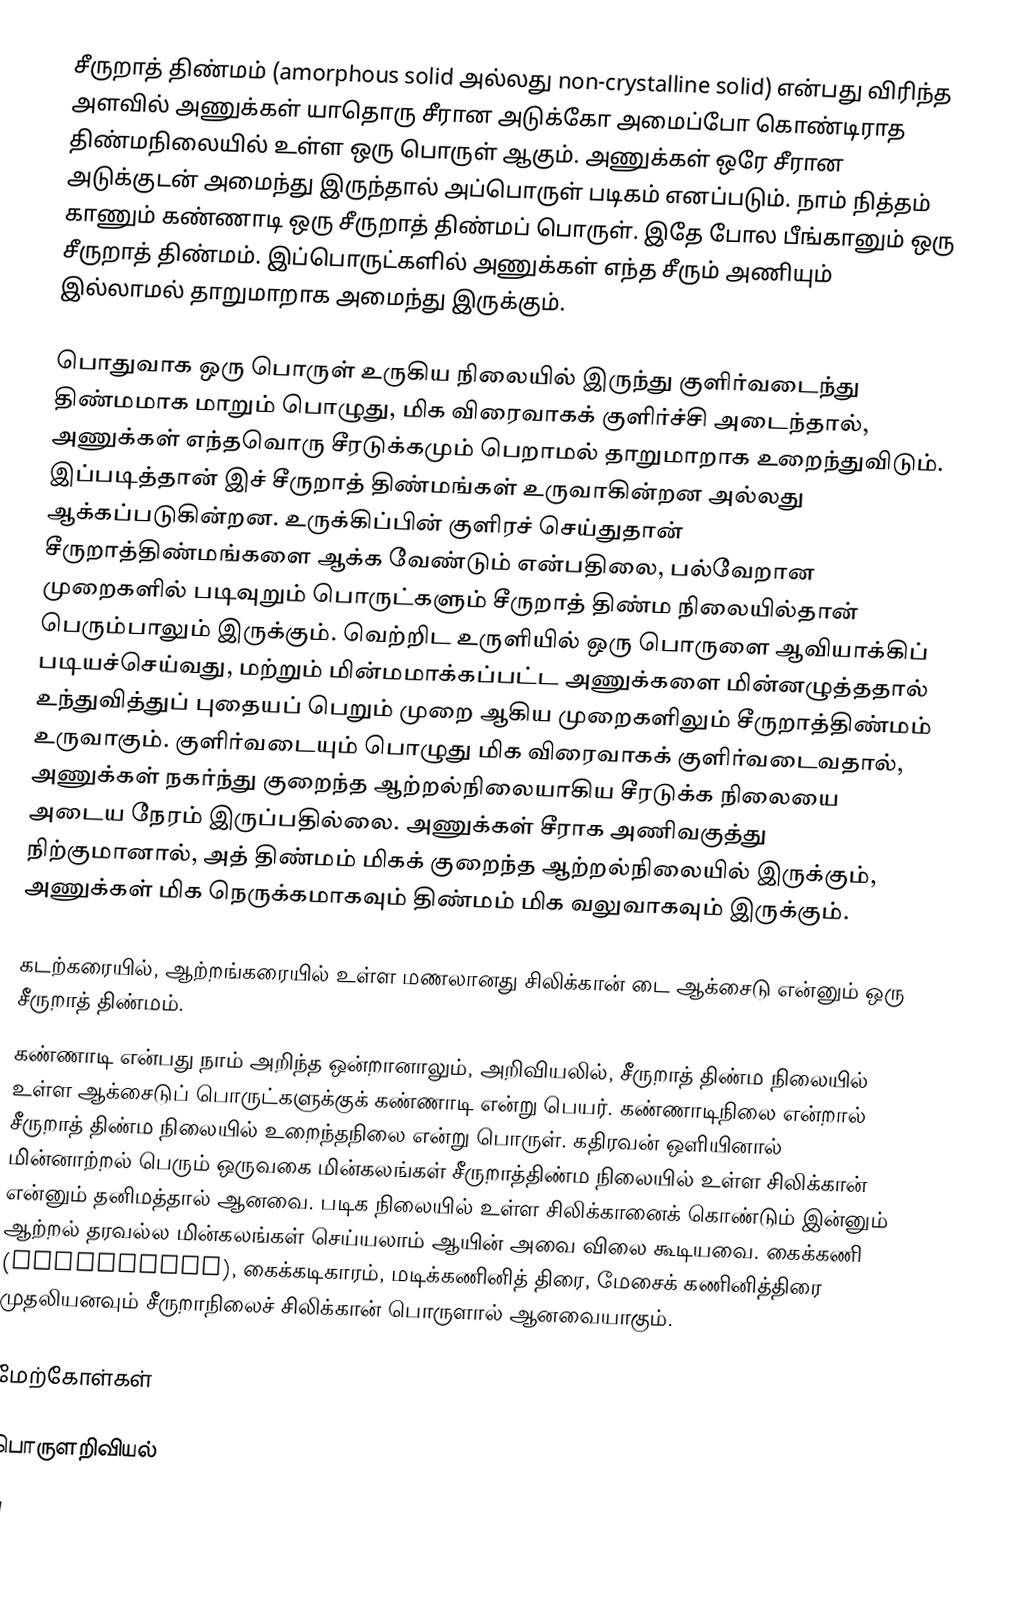
சீருறாத் திண்மம் (amorphous solid அல்லது non-crystalline solid) என்பது விரிந்த அளவில் அணுக்கள் யாதொரு சீரான அடுக்கோ அமைப்போ கொண்டிராத திண்மநிலையில் உள்ள ஒரு பொருள் ஆகும். அணுக்கள் ஒரே சீரான அடுக்குடன் அமைந்து இருந்தால் அப்பொருள் படிகம் எனப்படும். நாம் நித்தம் காணும் கண்ணாடி ஒரு சீருறாத் திண்மப் பொருள். இதே போல பீங்கானும் ஒரு சீருறாத் திண்மம். இப்பொருட்களில் அணுக்கள் எந்த சீரும் அணியும் இல்லாமல் தாறுமாறாக அமைந்து இருக்கும்.

பொதுவாக ஒரு பொருள் உருகிய நிலையில் இருந்து குளிர்வடைந்து திண்மமாக மாறும் பொழுது, மிக விரைவாகக் குளிர்ச்சி அடைந்தால், அணுக்கள் எந்தவொரு சீரடுக்கமும் பெறாமல் தாறுமாறாக உறைந்துவிடும். இப்படித்தான் இச் சீருறாத் திண்மங்கள் உருவாகின்றன அல்லது ஆக்கப்படுகின்றன. உருக்கிப்பின் குளிரச் செய்துதான் சீருறாத்திண்மங்களை ஆக்க வேண்டும் என்பதிலை, பல்வேறான முறைகளில் படிவுறும் பொருட்களும் சீருறாத் திண்ம நிலையில்தான் பெரும்பாலும் இருக்கும். வெற்றிட உருளியில் ஒரு பொருளை ஆவியாக்கிப் படியச்செய்வது, மற்றும் மின்மமாக்கப்பட்ட அணுக்களை மின்னழுத்ததால் உந்துவித்துப் புதையப் பெறும் முறை ஆகிய முறைகளிலும் சீருறாத்திண்மம் உருவாகும். குளிர்வடையும் பொழுது மிக விரைவாகக் குளிர்வடைவதால், அணுக்கள் நகர்ந்து குறைந்த ஆற்றல்நிலையாகிய சீரடுக்க நிலையை அடைய நேரம் இருப்பதில்லை. அணுக்கள் சீராக அணிவகுத்து நிற்குமானால், அத் திண்மம் மிகக் குறைந்த ஆற்றல்நிலையில் இருக்கும், அணுக்கள் மிக நெருக்கமாகவும் திண்மம் மிக வலுவாகவும் இருக்கும்.

கடற்கரையில், ஆற்றங்கரையில் உள்ள மணலானது சிலிக்கான் டை ஆக்சைடு என்னும் ஒரு சீருறாத் திண்மம்.
கண்ணாடி என்பது நாம் அறிந்த ஒன்றானாலும், அறிவியலில், சீருறாத் திண்ம நிலையில் உள்ள ஆக்சைடுப் பொருட்களுக்குக் கண்ணாடி என்று பெயர். கண்ணாடிநிலை என்றால் சீருறாத் திண்ம நிலையில் உறைந்தநிலை என்று பொருள். கதிரவன் ஒளியினால் மின்னாற்றல் பெரும் ஒருவகை மின்கலங்கள் சீருறாத்திண்ம நிலையில் உள்ள சிலிக்கான் என்னும் தனிமத்தால் ஆனவை. படிக நிலையில் உள்ள சிலிக்கானைக் கொண்டும் இன்னும் ஆற்றல் தரவல்ல மின்கலங்கள் செய்யலாம் ஆயின் அவை விலை கூடியவை. கைக்கணி (calculator), கைக்கடிகாரம், மடிக்கணினித் திரை, மேசைக் கணினித்திரை முதலியனவும் சீருறாநிலைச் சிலிக்கான் பொருளால் ஆனவையாகும்.

மேற்கோள்கள்

பொருளறிவியல்
ப